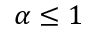
\alpha \le 1